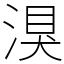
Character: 湨